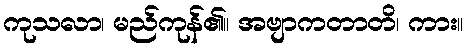
ကုသလာ၊ မည်ကုန်၏။ အဗျာကတာတိ၊ ကား။